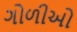
ગોળીઓ